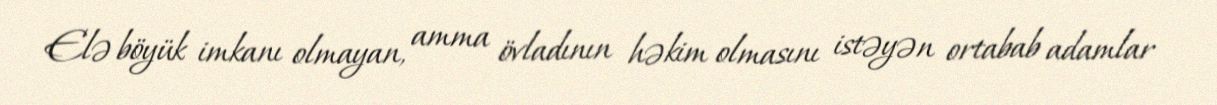
Elə böyük imkanı olmayan, amma övladının həkim olmasını istəyən ortabab adamlar